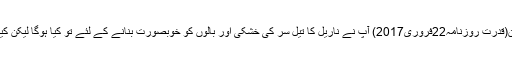
لندن(قدرت روزنامہ22فروری2017) آپ نے ناریل کا تیل سر کی خشکی اور بالوں کو خوبصورت بنانے کے لئے تو کیا ہوگا لیکن کیا 1